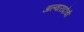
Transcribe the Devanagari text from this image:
अल्वारादोची